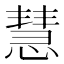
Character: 慧